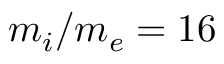
m _ { i } / m _ { e } = 1 6